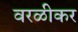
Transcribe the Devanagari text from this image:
वरळीकर